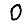
Digit: 0